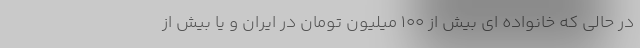
در حالی که خانواده ای بیش از ۱۰۰ میلیون تومان در ایران و یا بیش از